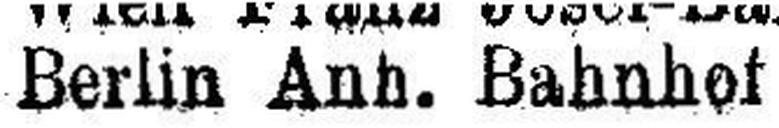
Berlin Anh. Bahnhof